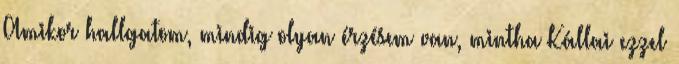
Amikor hallgatom, mindig olyan érzésem van, mintha Kállai ezzel